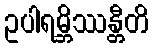
ဥပါရမ္ဘိဿန္တီတိ